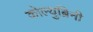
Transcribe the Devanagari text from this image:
कोल्युब्रिनी